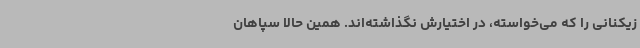
زیکنانی را که می‌خواسته، در اختیارش نگذاشته‌اند. همین حالا سپاهان